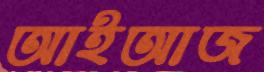
আইআজ